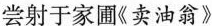
尝射于家圃《卖油翁》